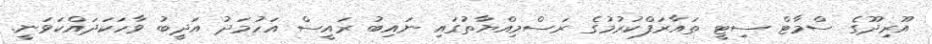
އޫރިދޫގެ ސްމާޓް ސިޓީ ތައާރަފްކުރުމުގެ ރަސްމިއްޔާތުގައި ނައިބު ރައީސް އަހުމަދު އަދީބު ވާހަކަދައްކަވަނީ.